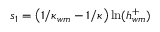
s _ { 1 } = \left( 1 / { \kappa _ { w m } } - 1 / { \kappa } \right) \ln ( h _ { w m } ^ { + } )